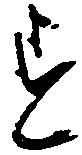
す